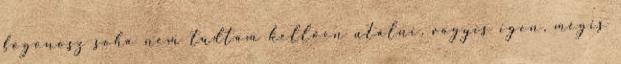
főgonosz soha nem tudtam kellően utálni, vagyis igen, mégis